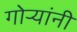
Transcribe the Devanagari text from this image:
गोर्‍यांनी